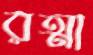
রত্মা